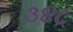
૩૪૮